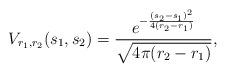
LaTeX: \begin{align*}V_{r_1,r_2}(s_1,s_2)=\frac{e^{-\frac{(s_2-s_1)^2}{4(r_2-r_1)}}}{\sqrt{4\pi (r_2-r_1)}},\end{align*}